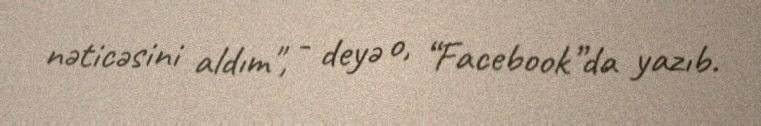
nəticəsini aldım", - deyə o, “Facebook”da yazıb.